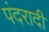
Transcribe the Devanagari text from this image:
पंदरादी